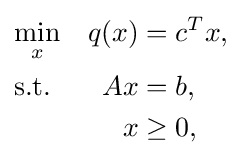
{\begin{aligned}&{\underset {x}{\min }}&q(x)&=c^{T}x,\\&{\text{s.t.}}&Ax&=b,\\&\;&x&\geq 0,\end{aligned}}